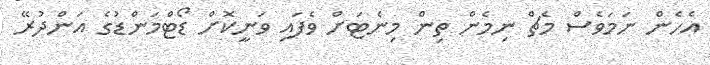
އެހެން ނަމަވެސް މެޗް ނިމެން ތިން މިނެޓަށް ވެފައި ވަނީކޮށް ޑޯޓްމަންޑުގެ އަންދުރޭ